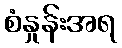
စံနှုန်းအရ